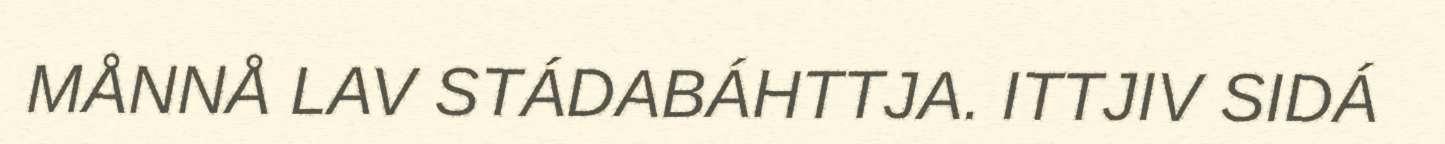
MÅNNÅ LAV STÁDABÁHTTJA. ITTJIV SIDÁ